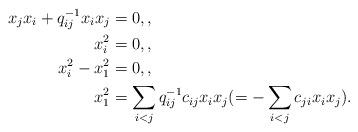
LaTeX: \begin{align*}x_j x_i+q_{ij}^{-1} x_i x_j&=0, {},\\x_i^2&=0, {},\\x_i^2-x_1^2&=0, {},\\x_1^2&= \sum_{i<j} q_{ij}^{-1}c_{ij} x_i x_j(=-\sum_{i<j} c_{ji} x_i x_j).\end{align*}